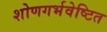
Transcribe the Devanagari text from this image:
शोणगर्भवेष्टित